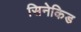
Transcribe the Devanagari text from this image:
सिनेकिड